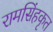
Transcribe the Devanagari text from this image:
रामसिंहकृत